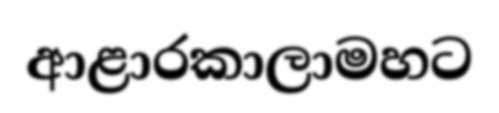
ආළාරකාලාමහට